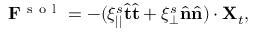
\mathbf { F } ^ { \mathrm { ~ s ~ o ~ l ~ } } = - ( \xi _ { | | } ^ { s } \hat { { \bf { t } } } \hat { { \bf { t } } } + \xi _ { \perp } ^ { s } \hat { { \bf { n } } } \hat { { \bf { n } } } ) \cdot { \bf { X } } _ { t } ,